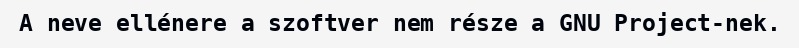
A neve ellénere a szoftver nem része a GNU Project-nek.